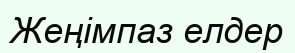
Жеңімпаз елдер